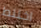
اختلط